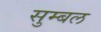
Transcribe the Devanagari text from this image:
सुम्बल